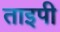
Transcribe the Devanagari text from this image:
ताइपी